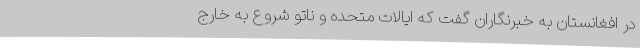
در افغانستان به خبرنگاران گفت که ایالات متحده و ناتو شروع به خارج